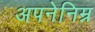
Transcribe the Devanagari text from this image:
अपनेनिम्न